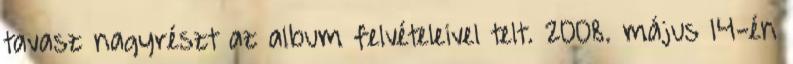
tavasz nagyrészt az album felvételeivel telt. 2008. május 14-én